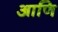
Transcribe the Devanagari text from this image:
आणि